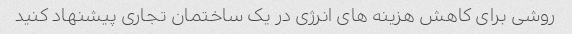
روشی برای کاهش هزینه های انرژی در یک ساختمان تجاری پیشنهاد کنید